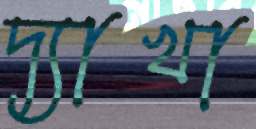
দ্যাখা